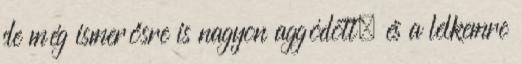
de még ismerősre is nagyon aggódott, és a lelkemre